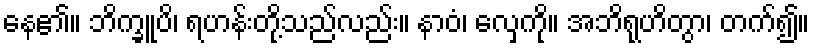
နေ၏။ ဘိက္ခူပိ၊ ရဟန်းတို့သည်လည်း။ နာဝံ၊ လှေကို။ အဘိရုဟိတွာ၊ တက်၍။